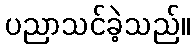
ပညာသင်ခဲ့သည်။